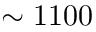
\sim 1 1 0 0